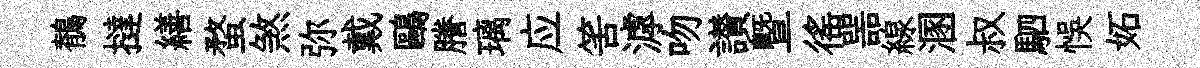
鶺撻繕蝥煞弥戴鷗謄璃应筈滹吻讃曁徭噐線溷叔駟悞妬